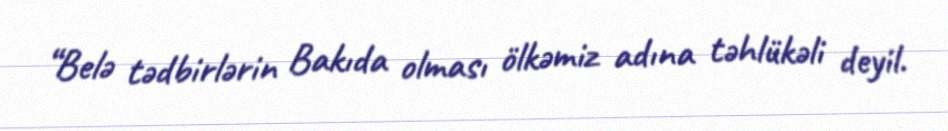
“Belə tədbirlərin Bakıda olması ölkəmiz adına təhlükəli deyil.